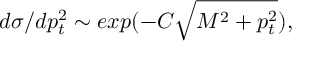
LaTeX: d \sigma / d p _ { t } ^ { 2 } \sim e x p ( - C \sqrt { M ^ { 2 } + p _ { t } ^ { 2 } } ) ,